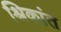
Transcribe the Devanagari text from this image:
श्रिकांत